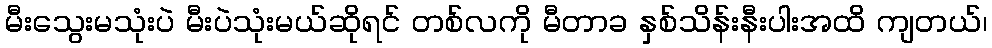
မီးသွေးမသုံးပဲ မီးပဲသုံးမယ်ဆိုရင် တစ်လကို မီတာခ နှစ်သိန်းနီးပါးအထိ ကျတယ်၊